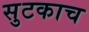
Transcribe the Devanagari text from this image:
सुटकाच